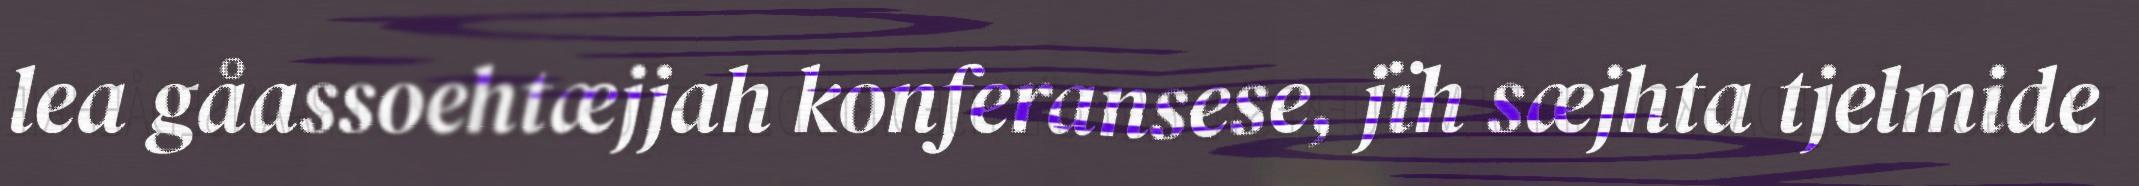
lea gåassoehtæjjah konferansese, jïh sæjhta tjelmide